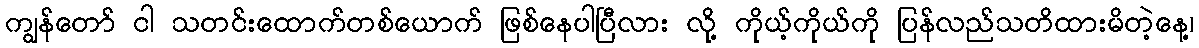
ကျွန်တော် ငါ သတင်းထောက်တစ်ယောက် ဖြစ်နေပါပြီလား လို့ ကိုယ့်ကိုယ်ကို ပြန်လည်သတိထားမိတဲ့နေ့၊